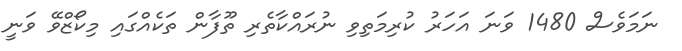
ނަމަވެސް 1480 ވަނަ އަހަރު ކުރިމަތިވި ނުރައްކާތެރި ތޫފާން ތަކެއްގައި މިކޯޒްވޭ ވަނީ